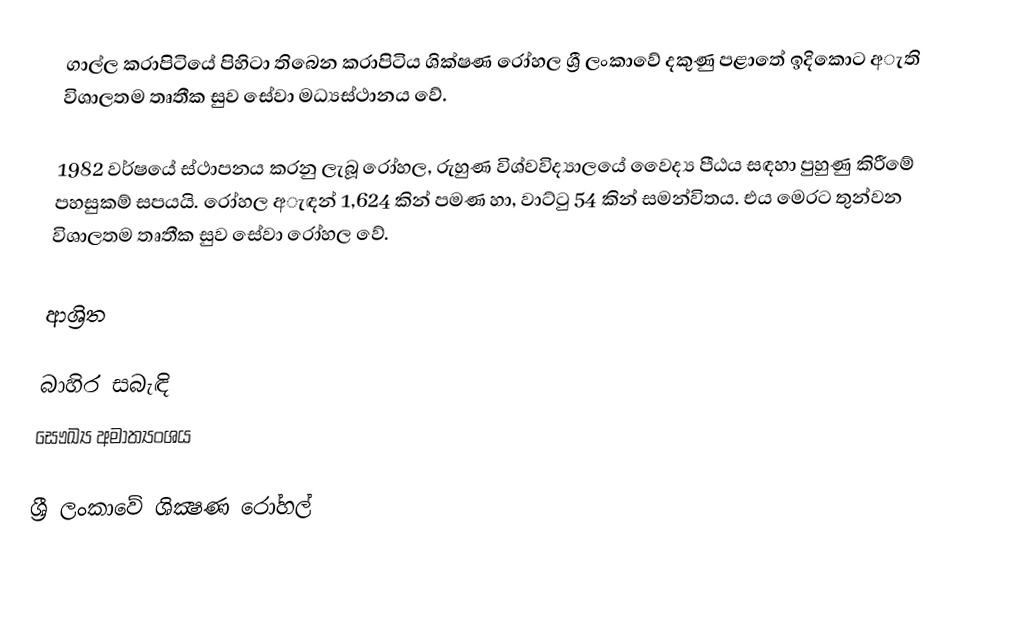
ගාල්ල කරාපිටියේ පිහිටා තිබෙන කරාපිටිය ශික්ෂණ රෝහල ශ්‍රී ලංකාවේ දකුණු පළාතේ  ඉදිකොට අැති විශාලතම තෘතීක සුව සේවා මධ්‍යස්ථානය වේ.

1982 වර්ෂයේ ස්ථාපනය කරනු ලැබූ රෝහල, රුහුණ විශ්වවිද්‍යාලයේ වෛද්‍ය පීඨය සඳහා පුහුණු කිරීමේ පහසුකම් සපයයි. රෝහල අැඳන් 1,624 කින්  පමණ හා, වාට්ටු 54 කින් සමන්විතය. එය මෙරට තුන්වන විශාලතම තෘතීක සුව සේවා රෝහල වේ.

ආශ්‍රිත

බාහිර සබැඳි
 සෞඛ්‍ය අමාත්‍යංශය

ශ්‍රී ලංකාවේ ශික්‍ෂණ රෝහල්